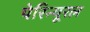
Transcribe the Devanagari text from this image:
पेरिन्यूरल